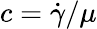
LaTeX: c=\dot{\gamma}/\mu